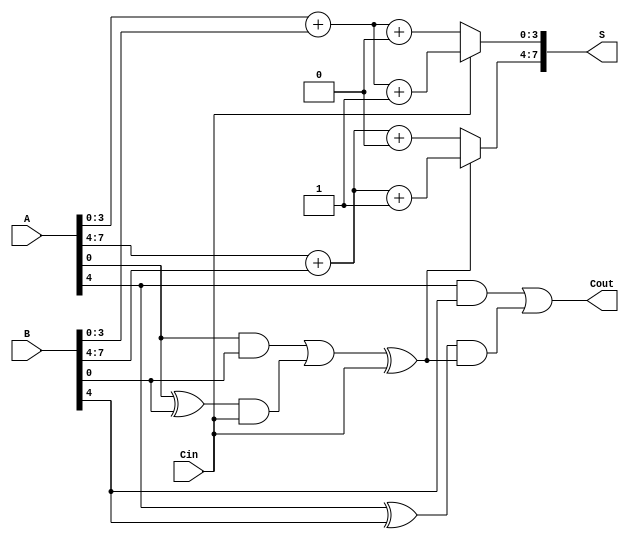
module CarrySelectAdder #(parameter N = 8) (
    input  [N-1:0] A,      // First n-bit input
    input  [N-1:0] B,      // Second n-bit input
    input          Cin,     // Input carry
    output [N-1:0] S,      // n-bit sum output
    output         Cout     // Output carry
);

    localparam BLOCK_SIZE = 4; // Size of each block
    localparam NUM_BLOCKS = N / BLOCK_SIZE;

    // Intermediate signals
    wire [BLOCK_SIZE-1:0] S0 [0:NUM_BLOCKS-1]; // Sum when Cin = 0
    wire [BLOCK_SIZE-1:0] S1 [0:NUM_BLOCKS-1]; // Sum when Cin = 1
    wire [NUM_BLOCKS-1:0] C0;                   // Carry out when Cin = 0
    wire [NUM_BLOCKS-1:0] C1;                   // Carry out when Cin = 1
    wire [NUM_BLOCKS-1:0] G;                    // Generate signals
    wire [NUM_BLOCKS-1:0] P;                    // Propagate signals
    wire [NUM_BLOCKS:0] C;                       // Carry signals for each block

    assign C[0] = Cin; // Initial carry in

    // Block-wise computation
    genvar i;
    generate
        for (i = 0; i < NUM_BLOCKS; i = i + 1) begin : block
            // Generate and propagate signals for the block
            wire [BLOCK_SIZE-1:0] A_block = A[(i+1)*BLOCK_SIZE-1 -: BLOCK_SIZE];
            wire [BLOCK_SIZE-1:0] B_block = B[(i+1)*BLOCK_SIZE-1 -: BLOCK_SIZE];

            assign G[i] = A_block & B_block;
            assign P[i] = A_block ^ B_block;

            // Compute sums for both carry-in scenarios
            assign S0[i] = A_block + B_block + 1'b0;
            assign S1[i] = A_block + B_block + 1'b1;

            // Carry-out calculations
            assign C0[i] = G[i] | (P[i] & C[i]);
            assign C1[i] = G[i] | (P[i] & C[i+1]);

            // Compute the carry for the next block
            assign C[i+1] = C0[i] ^ Cin; // For the next block carry
        end
    endgenerate

    // Select the final sum based on carry-in
    generate
        for (i = 0; i < NUM_BLOCKS; i = i + 1) begin : sum_select
            assign S[(i+1)*BLOCK_SIZE-1 -: BLOCK_SIZE] = (C[i] ? S1[i] : S0[i]);
        end
    endgenerate

    // Final carry out
    assign Cout = C0[NUM_BLOCKS-1];

endmodule